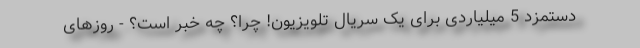
دستمزد 5 میلیاردی برای یک سریال تلویزیون! چرا؟ چه خبر است؟ - روزهای